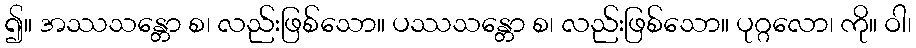
၍။ အဿသန္တော စ၊ လည်းဖြစ်သော။ ပဿသန္တော စ၊ လည်းဖြစ်သော။ ပုဂ္ဂလော၊ ကို။ ဝါ၊